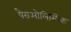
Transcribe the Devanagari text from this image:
पैराओलिम्पिक